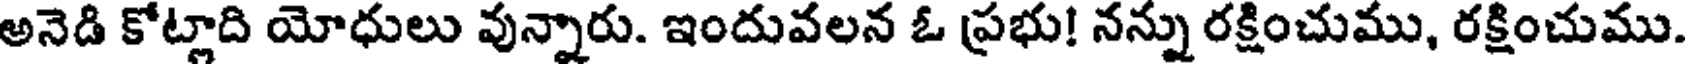
అనెడి కోట్లాది యోధులు వున్నారు. ఇందువలన ఓ ప్రభు! నన్ను రక్షించుము, రక్షించుము.